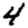
Digit: 4